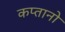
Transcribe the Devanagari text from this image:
कप्तानो